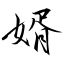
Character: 婿